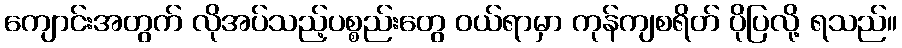
ကျောင်းအတွက် လိုအပ်သည့်ပစ္စည်းတွေ ဝယ်ရာမှာ ကုန်ကျစရိတ် ပိုပြလို့ ရသည်။